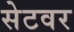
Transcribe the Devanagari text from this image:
सेटवर